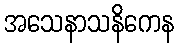
အသေနာသနိကေန